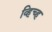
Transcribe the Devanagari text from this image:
व्हिच्ह